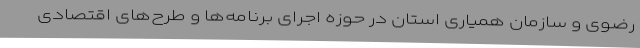
رضوی و سازمان همیاری استان در حوزه اجرای برنامه‌ها و طرح‌های اقتصادی